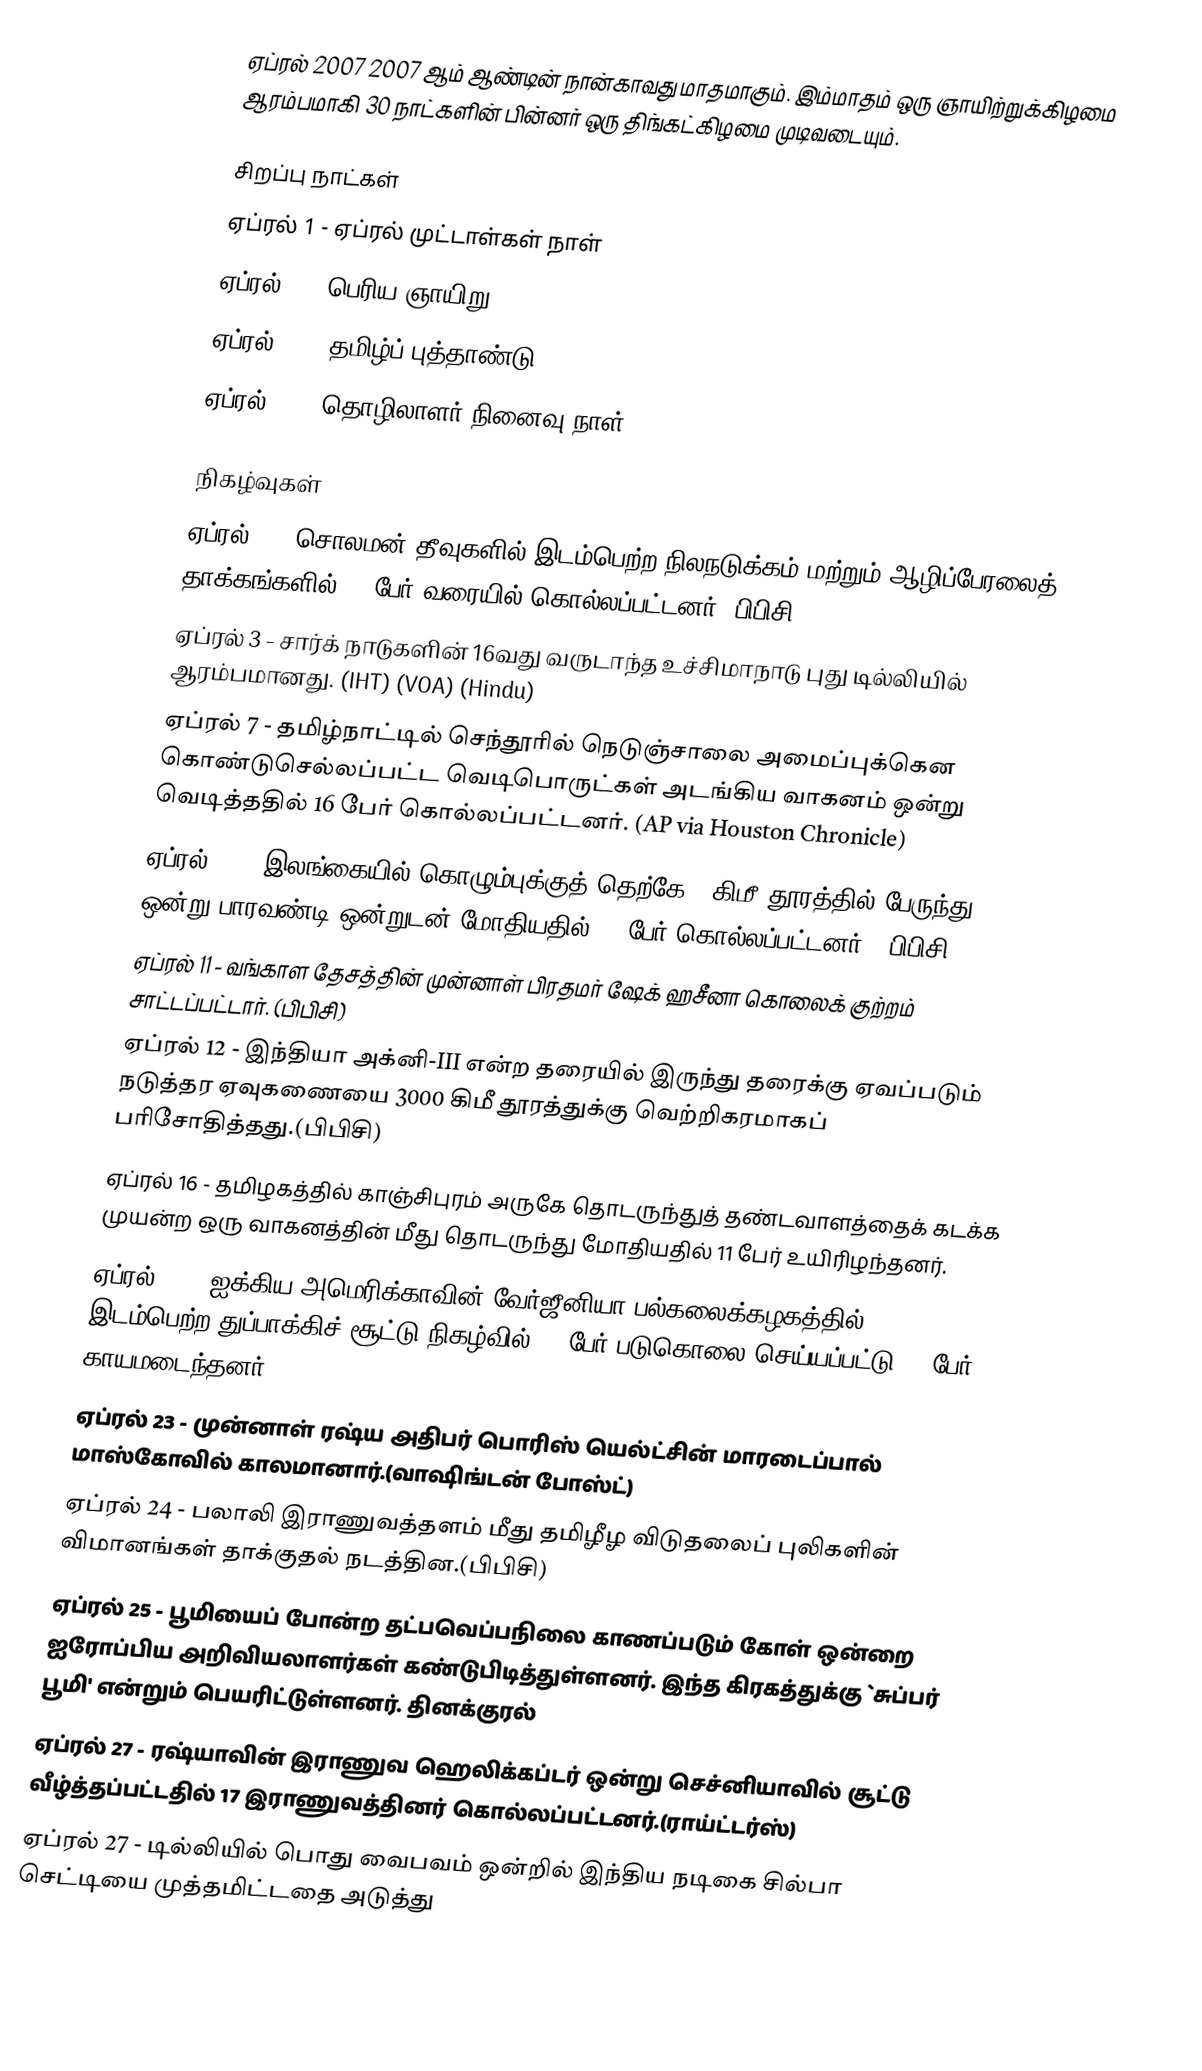
ஏப்ரல் 2007 2007 ஆம் ஆண்டின் நான்காவது மாதமாகும். இம்மாதம் ஒரு ஞாயிற்றுக்கிழமை ஆரம்பமாகி 30 நாட்களின் பின்னர் ஒரு திங்கட்கிழமை முடிவடையும்.

சிறப்பு நாட்கள்
 ஏப்ரல் 1 - ஏப்ரல் முட்டாள்கள் நாள்
 ஏப்ரல் 8 - பெரிய ஞாயிறு
 ஏப்ரல் 14 - தமிழ்ப் புத்தாண்டு
 ஏப்ரல் 28 - தொழிலாளர் நினைவு நாள்

நிகழ்வுகள்
 ஏப்ரல் 2 - சொலமன் தீவுகளில் இடம்பெற்ற நிலநடுக்கம் மற்றும் ஆழிப்பேரலைத் தாக்கங்களில் 15 பேர் வரையில் கொல்லப்பட்டனர்.(பிபிசி)
 ஏப்ரல் 3 - சார்க் நாடுகளின் 16வது வருடாந்த உச்சிமாநாடு புது டில்லியில் ஆரம்பமானது. (IHT) (VOA) (Hindu)
 ஏப்ரல் 7 - தமிழ்நாட்டில் செந்தூரில் நெடுஞ்சாலை அமைப்புக்கென கொண்டுசெல்லப்பட்ட வெடிபொருட்கள் அடங்கிய வாகனம் ஒன்று வெடித்ததில் 16 பேர் கொல்லப்பட்டனர். (AP via Houston Chronicle)
 ஏப்ரல் 10 - இலங்கையில் கொழும்புக்குத் தெற்கே 80கிமீ தூரத்தில் பேருந்து ஒன்று பாரவண்டி ஒன்றுடன் மோதியதில் 25 பேர் கொல்லப்பட்டனர். (பிபிசி)
 ஏப்ரல் 11 - வங்காள தேசத்தின் முன்னாள் பிரதமர் ஷேக் ஹசீனா கொலைக் குற்றம் சாட்டப்பட்டார். (பிபிசி)
 ஏப்ரல் 12 - இந்தியா அக்னி-III என்ற தரையில் இருந்து தரைக்கு ஏவப்படும் நடுத்தர ஏவுகணையை 3000 கிமீ தூரத்துக்கு வெற்றிகரமாகப் பரிசோதித்தது.(பிபிசி)
 ஏப்ரல் 16 - தமிழகத்தில் காஞ்சிபுரம் அருகே தொடருந்துத் தண்டவாளத்தைக் கடக்க முயன்ற ஒரு வாகனத்தின் மீது தொடருந்து மோதியதில் 11 பேர் உயிரிழந்தனர்.
   ஏப்ரல் 16 - ஐக்கிய அமெரிக்காவின் வேர்ஜீனியா பல்கலைக்கழகத்தில் இடம்பெற்ற துப்பாக்கிச் சூட்டு நிகழ்வில் 33 பேர் படுகொலை செய்யப்பட்டு 29 பேர் காயமடைந்தனர்.
 ஏப்ரல் 23 - முன்னாள் ரஷ்ய அதிபர் பொரிஸ் யெல்ட்சின் மாரடைப்பால் மாஸ்கோவில் காலமானார்.(வாஷிங்டன் போஸ்ட்)
 ஏப்ரல் 24 - பலாலி இராணுவத்தளம் மீது தமிழீழ விடுதலைப் புலிகளின் விமானங்கள் தாக்குதல் நடத்தின.(பிபிசி)
 ஏப்ரல் 25 - பூமியைப் போன்ற தட்பவெப்பநிலை காணப்படும் கோள் ஒன்றை ஐரோப்பிய அறிவியலாளர்கள் கண்டுபிடித்துள்ளனர். இந்த கிரகத்துக்கு `சுப்பர் பூமி' என்றும் பெயரிட்டுள்ளனர். தினக்குரல்
 ஏப்ரல் 27 - ரஷ்யாவின் இராணுவ ஹெலிக்கப்டர் ஒன்று செச்னியாவில் சூட்டு வீழ்த்தப்பட்டதில் 17 இராணுவத்தினர் கொல்லப்பட்டனர்.(ராய்ட்டர்ஸ்)
 ஏப்ரல் 27 - டில்லியில் பொது வைபவம் ஒன்றில் இந்திய நடிகை சில்பா செட்டியை முத்தமிட்டதை அடுத்து